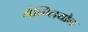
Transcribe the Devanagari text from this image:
गैन्ग्लियोन